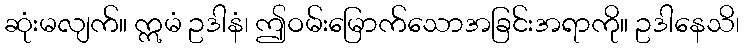
ဆုံးမလျက်။ ဣမံ ဥဒါနံ၊ ဤဝမ်းမြောက်သောအခြင်းအရာကို။ ဥဒါနေသိ၊